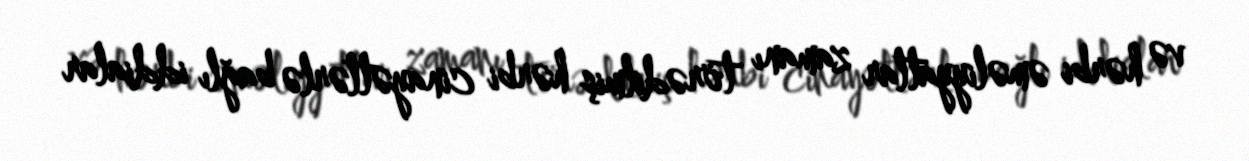
və hərbi əməliyyatlar zamanı törədilmiş hərbi cinayətlərlə bağlı iddialar